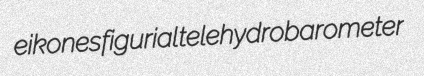
eikones figurial telehydrobarometer